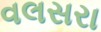
વલસરા